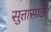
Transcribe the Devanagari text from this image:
सुत्तासाठी